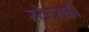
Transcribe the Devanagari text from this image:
स्टेटसही